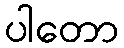
ပါတော